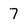
Character: 7